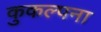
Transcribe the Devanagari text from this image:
कुकल्पना